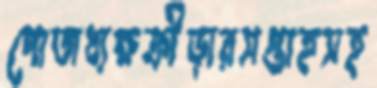
পোতাধ্যক্ষক্রীড়ারসপ্তাহসহ